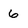
Character: 6